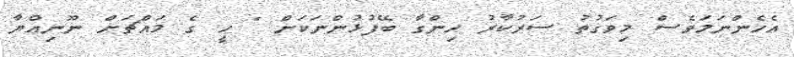
އެހެންނަމަވެސް މިވަގުތު ސަރުކާރު ހިންގާ ބޭފުޅުންނަކަށް " ހީ ގެ މައްޗަށް ނޫނިއްޔާ